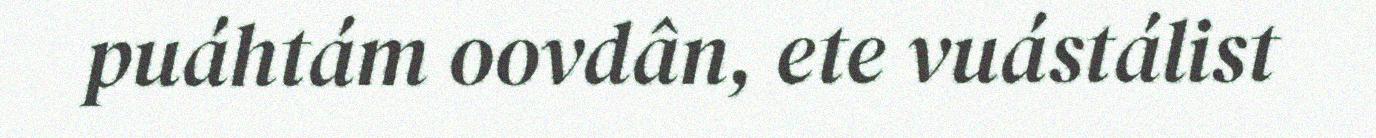
puáhtám oovdân, ete vuástálist